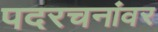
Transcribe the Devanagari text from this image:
पदरचनांवर